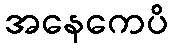
အနေကေပိ